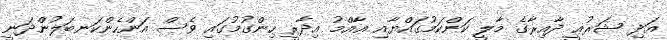
އަދި ޝަރުޢީ ދާއިރާގެ މާލީ ކަންކަމުގައްޔާއި ޢާއްމު އިދާރީ ހިންގުމުގައި ވެސް އަންހެންކަނބަލުންދަނީ